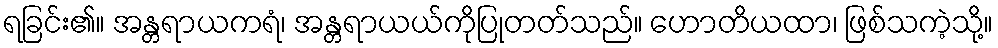
ရခြင်း၏။ အန္တရာယကရံ၊ အန္တရာယယ်ကိုပြုတတ်သည်။ ဟောတိယထာ၊ ဖြစ်သကဲ့သို့။